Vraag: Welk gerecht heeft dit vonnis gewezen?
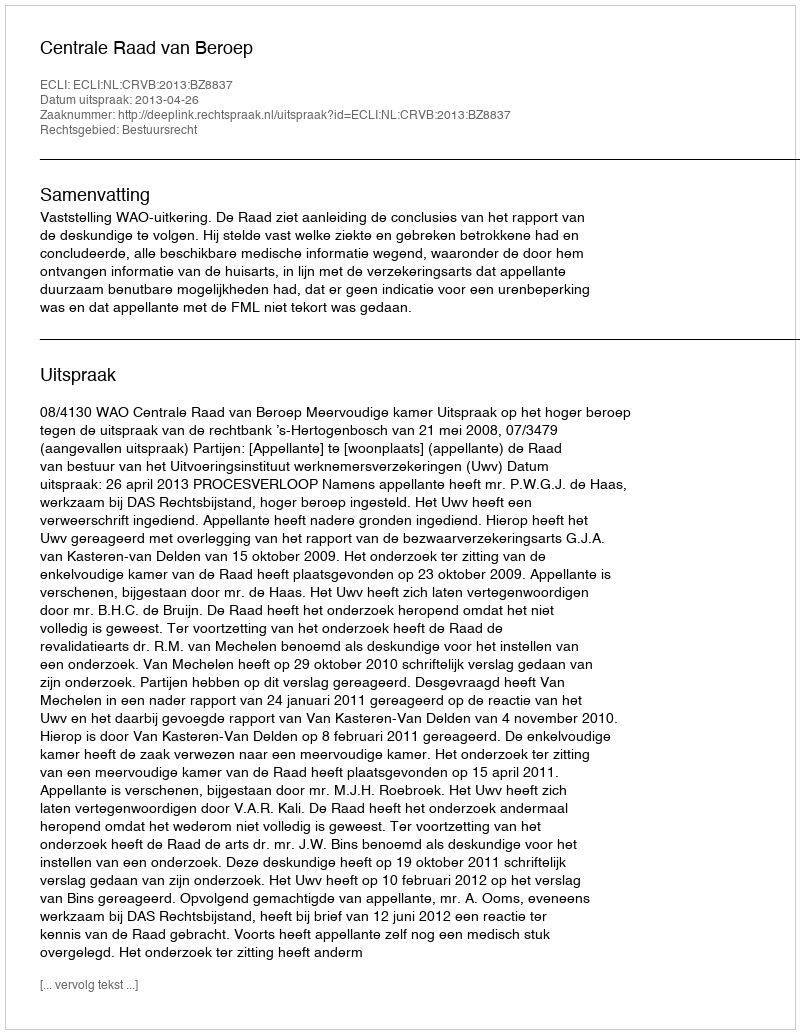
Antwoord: Centrale Raad van Beroep